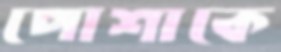
পোশাকে